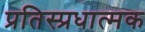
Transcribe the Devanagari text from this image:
प्रतिस्प्रधात्मक